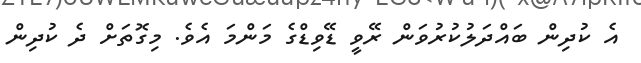
އެ ކުދިން ބައްދަލުކުރުވަން ރޭވީ ޑޭވިޑްގެ މަންމަ އެވެ. މިގޮތަށް ދެ ކުދިން